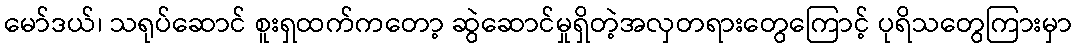
မော်ဒယ်၊ သရုပ်ဆောင် စူးရှထက်ကတော့ ဆွဲဆောင်မှုရှိတဲ့အလှတရားတွေကြောင့် ပုရိသတွေကြားမှာ